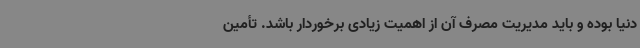
دنیا بوده و باید مدیریت مصرف آن از اهمیت زیادی برخوردار باشد. تأمین